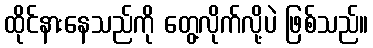
ထိုင်နားနေသည်ကို တွေ့လိုက်လို့ပဲ ဖြစ်သည်။